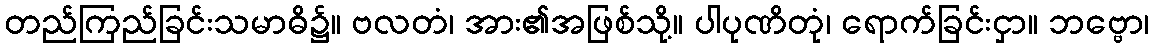
တည်ကြည်ခြင်းသမာဓိ၌။ ဗလတံ၊ အား၏အဖြစ်သို့။ ပါပုဏိတုံ၊ ရောက်ခြင်းငှာ။ ဘဗ္ဗော၊